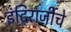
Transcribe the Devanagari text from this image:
इंदिराजींचे